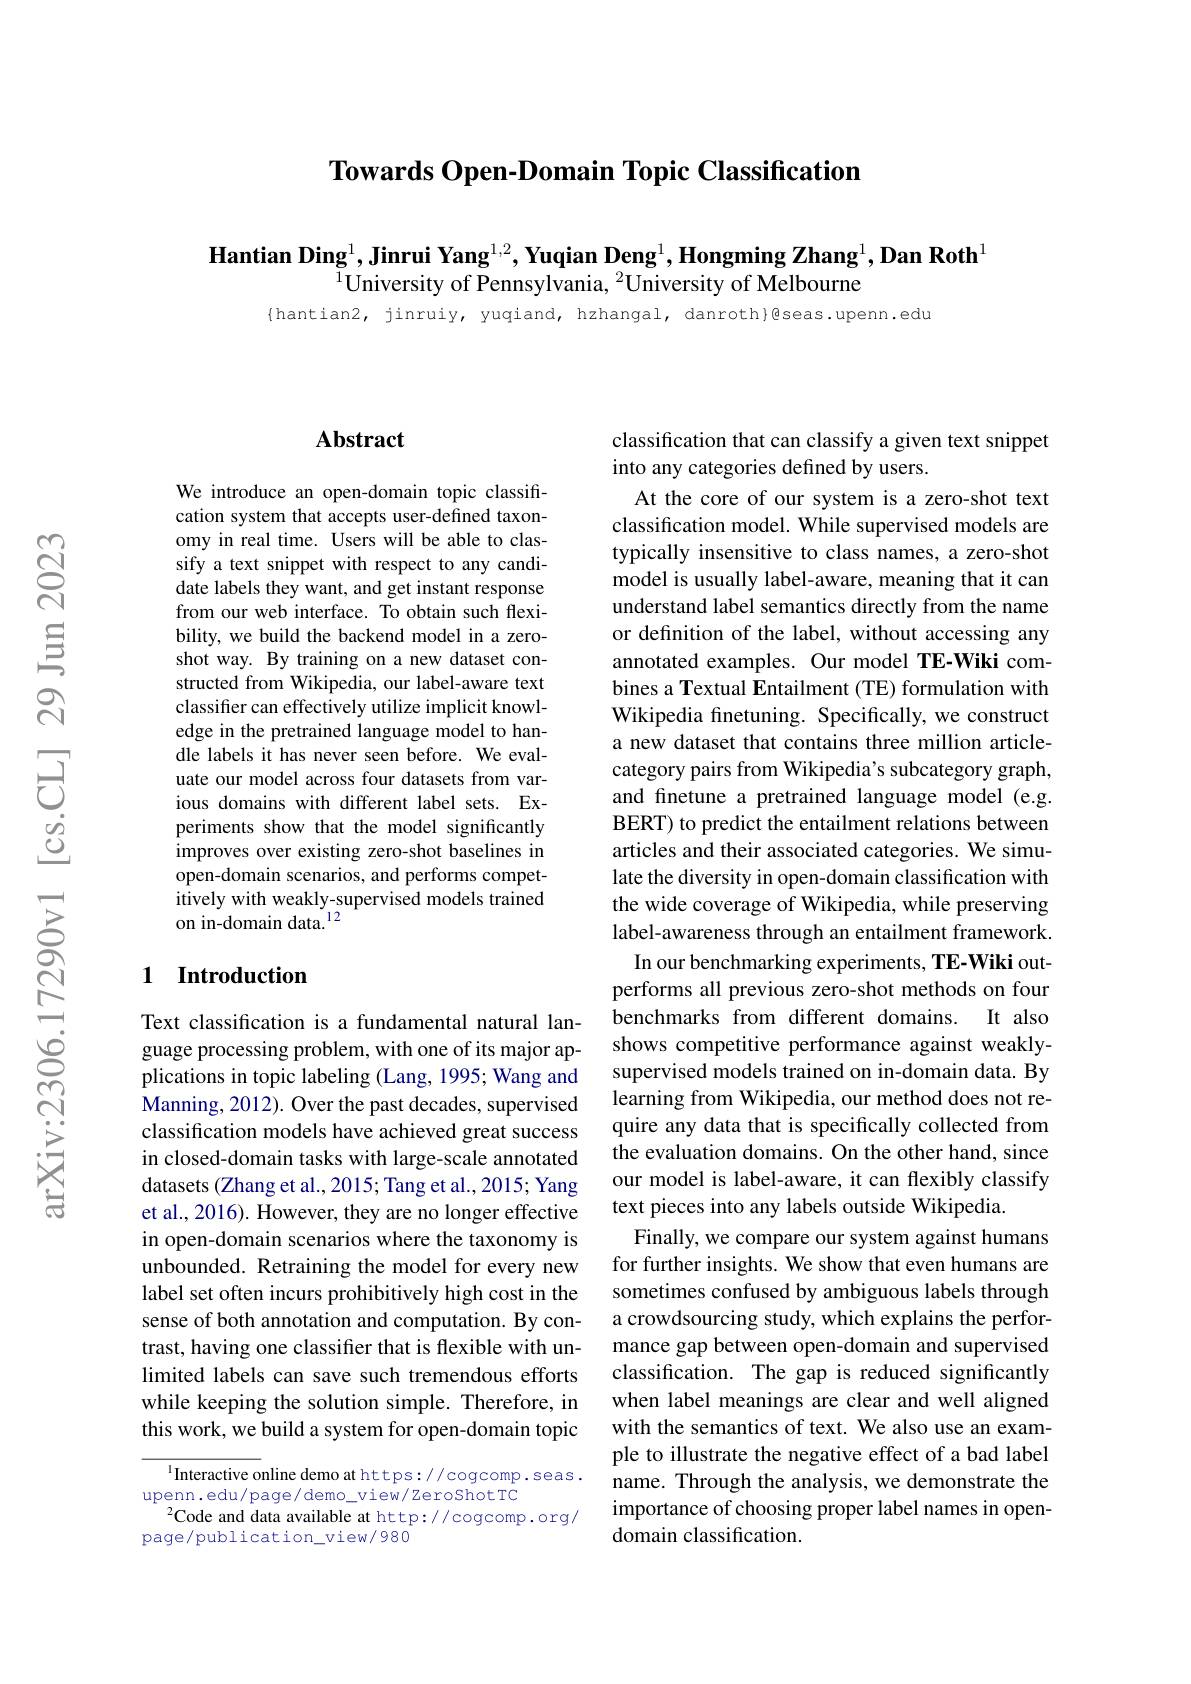
$\textbf{Towards Open- Domain Topic Classification}$

$\textbf{Hantian Ding}^1,\textbf{Jinrui Yang}^{1,2},\textbf{Yuqian Deng}^1,\textbf{Hongming Zhang}^1,\textbf{Dan Roth}^1$
$\bar{^{1}}$University of Pennsylvania, $^2\bar{\text{University of Melbourne}}$
{hantian2, jinruiy, yuqiand, hzhangal, danroth}gseas.upenn.edu

## $\mathbf{Abstract}$

We introduce an open-domain topic classification system that accepts user-defined taxonomy in real time. Users will be able to classify a text snippet with respect to any candidate labels they want, and get instant response from our web interface. To obtain such flexibility, we build the backend model in a zeroshot way. By training on a new dataset constructed from Wikipedia, our label-aware text classifier can effectively utilize implicit knowledge in the pretrained language model to handle labels it has never seen before. We evaluate our model across four datasets from various domains with different label sets. Experiments show that the model significantly improves over existing zero-shot baselines in open-domain scenarios, and performs competitively with weakly-supervised models trained on in-domain data.$^{12}$

## 1 Introduction

Text classification is a fundamental natural language processing problem, with one of its major applications in topic labeling (Lang, 1995; Wang and Manning, 2012). Over the past decades, supervised classification models have achieved great success in closed-domain tasks with large-scale annotated datasets (Zhang et al., 2015; Tang et al., 2015; Yang et al., 2016). However, they are no longer effective in open-domain scenarios where the taxonomy is unbounded. Retraining the model for every new label set often incurs prohibitively high cost in the sense of both annotation and computation. By contrast, having one classifier that is flexible with unlimited labels can save such tremendous efforts while keeping the solution simple. Therefore, in this work, we build a system for open-domain topic

$^{1}$Interactive online demo at https://cogcomp.seas.
upenn. edu/ page/ demo\_view/ ZeroShot TC
$^{2}$Code and data available at http://cogcomp.org/
page/publication\_view/980

classification that can classify a given text snippet
into any categories defined by users.

At the core of our system is a zero-shot text classification model. While supervised models are typically insensitive to class names, a zero-shot model is usually label-aware, meaning that it can understand label semantics directly from the name or definition of the label, without accessing any annotated examples. Our model TE-Wiki combines a Textual Entailment (TE) formulation with Wikipedia finetuning. Specifically, we construct a new dataset that contains three million articlecategory pairs from Wikipedia's subcategory graph, and finetune a pretrained language model (e.g. BERT) to predict the entailment relations between articles and their associated categories. We simulate the diversity in open-domain classification with the wide coverage of Wikipedia, while preserving label-awareness through an entailment framework.
In our benchmarking experiments, TE-Wiki outperforms all previous zero-shot methods on four benchmarks from different domains. It also shows competitive performance against weaklysupervised models trained on in-domain data. By learning from Wikipedia, our method does not require any data that is specifically collected from the evaluation domains. On the other hand, since our model is label-aware, it can flexibly classify text pieces into any labels outside Wikipedia
Finally, we compare our system against humans for further insights. We show that even humans are sometimes confused by ambiguous labels through a crowdsourcing study, which explains the performance gap between open-domain and supervised classification. The gap is reduced significantly when label meanings are clear and well aligned with the semantics of text. We also use an example to illustrate the negative effect of a bad label name. Through the analysis, we demonstrate the importance of choosing proper label names in opendomain classification.